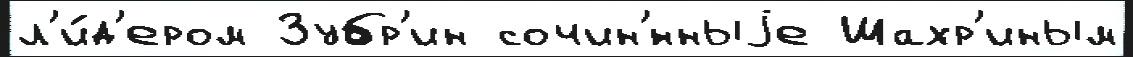
л'и́д'ером Зубр'ин сочин'́нныjе Шахр'иным